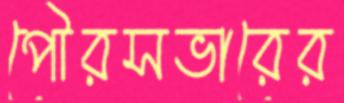
পৌরসভারের